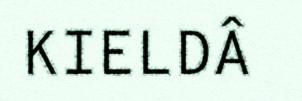
KIELDÂ